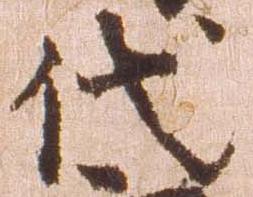
代